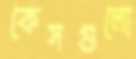
কেসগুলো